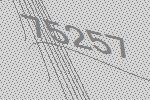
75257